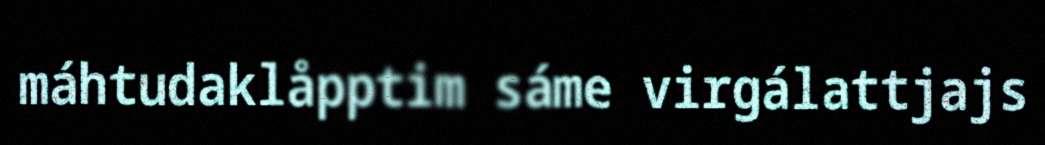
máhtudaklåpptim sáme virgálattjajs